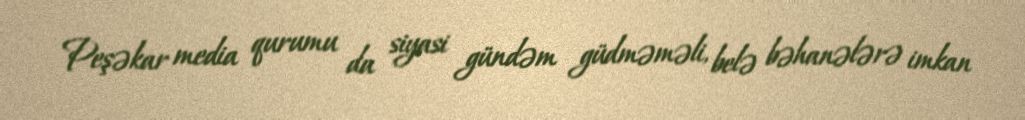
Peşəkar media qurumu da siyasi gündəm güdməməli, belə bəhanələrə imkan